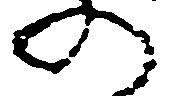
の